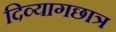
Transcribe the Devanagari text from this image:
दिव्यागछात्र